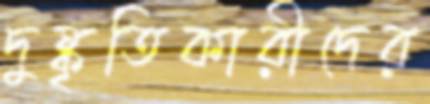
দুষ্কৃতিকারীদের